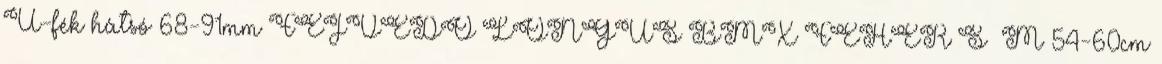
U-fék hátsó 68-91mm FEJVÉDŐ LONGUS BMX FEHÉR S M 54-60cm